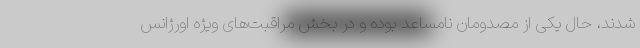
شدند، حال یکی از مصدومان نامساعد بوده و در بخش مراقبت‌های ویژه اورژانس